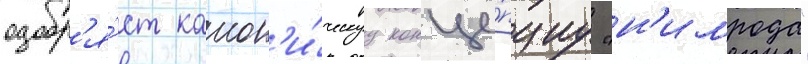
одобр'я́ет канон'и́ческуу конце́пциу "н'имрода"